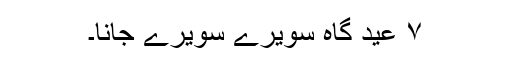
۷ عید گاہ سویرے سویرے جانا۔